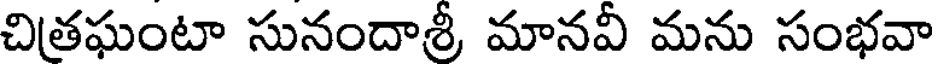
చితఘంటా సునందాశ్రీ మానవీ మను సంభవా